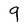
Character: 9